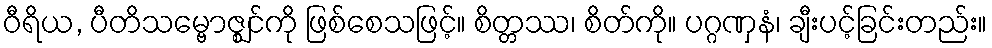
ဝီရိယ, ပီတိသမ္ဗောဇ္ဈင်ကို ဖြစ်စေသဖြင့်။ စိတ္တဿ၊ စိတ်ကို။ ပဂ္ဂဏှနံ၊ ချီးပင့်ခြင်းတည်း။